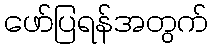
ဖော်ပြရန်အတွက်